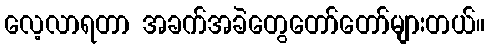
လေ့လာရတာ အခက်အခဲတွေတော်တော်များတယ်။